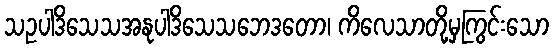
သဥပါဒိသေသအနုပါဒိသေသဘေဒတော၊ ကိလေသာတို့မှကြွင်းသော